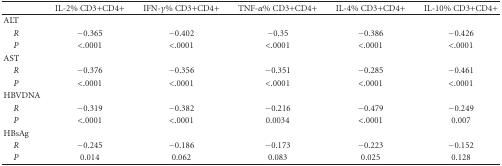
|  | IL-2% CD3+CD4+ | IFN-γ% CD3+CD4+ | TNF-α% CD3+CD4+ | IL-4% CD3+CD4+ | IL-10% CD3+CD4+ |
 | --- | --- | --- | --- | --- | --- |
 | ALT |  |  |  |  |  |
 | R | −0.365 | −0.402 | −0.35 | −0.386 | −0.426 |
 | P | <.0001 | <.0001 | <.0001 | <.0001 | <.0001 |
 | AST |  |  |  |  |  |
 | R | −0.376 | −0.356 | −0.351 | −0.285 | −0.461 |
 | P | <.0001 | <.0001 | <.0001 | <.0001 | <.0001 |
 | HBVDNA |  |  |  |  |  |
 | R | −0.319 | −0.382 | −0.216 | −0.479 | −0.249 |
 | P | <.0001 | <.0001 | 0.0034 | <.0001 | 0.007 |
 | HBsAg |  |  |  |  |  |
 | R | −0.245 | −0.186 | −0.173 | −0.223 | −0.152 |
 | P | 0.014 | 0.062 | 0.083 | 0.025 | 0.128 |